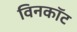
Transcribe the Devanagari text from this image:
विनकॉट